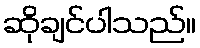
ဆိုချင်ပါသည်။